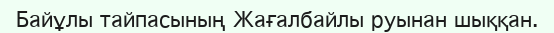
Байұлы тайпасының Жағалбайлы руынан шыққан.